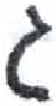
אות: ג